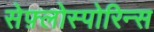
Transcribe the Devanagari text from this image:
सेफ़्लोस्पोरिन्स